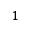
^ { 1 }